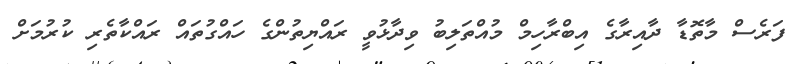
ފަރެސް މާތޮޑާ ދާއިރާގެ އިބްރާހިމް މުއްތަލިބު ވިދާޅުވީ ރައްޔިތުންގެ ހައްގުތައް ރައްކާތެރި ކުރުމަށް